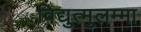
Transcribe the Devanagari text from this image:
विद्युत्मुलम्मा